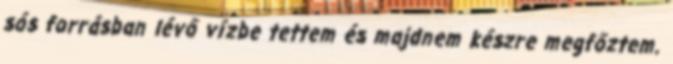
sós forrásban lévő vízbe tettem és majdnem készre megfőztem.